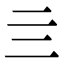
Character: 亖